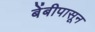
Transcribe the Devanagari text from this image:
बेंबीपासून